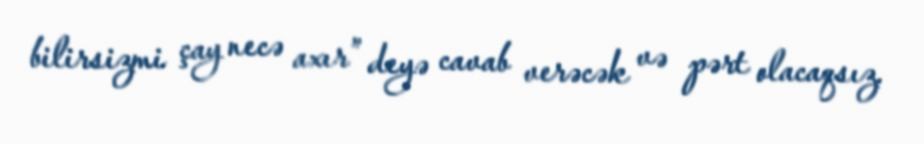
bilirsizmi çay necə axır” deyə cavab verəcək və pərt olacaqsız.